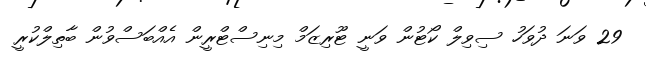
29 ވަނަ ދުވަހު ސިވިލް ކޯޓުން ވަނީ ޓޫރިޒަމް މިނިސްޓްރީން އެއްބަސްވުން ބާތިލްކުރީ